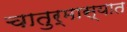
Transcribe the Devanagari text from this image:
चातुर्मास्यात